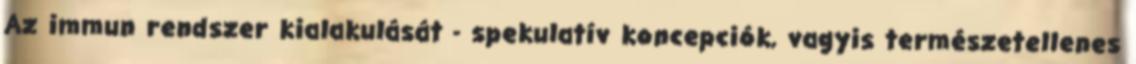
Az immun rendszer kialakulását - spekulatív koncepciók, vagyis természetellenes